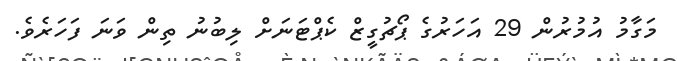
މަގާމު އުމުރުން 29 އަހަރުގެ ޕޯޗުގީޒް ކެޕްޓަނަށް ލިބުނު ތިން ވަނަ ފަހަރެވެ.